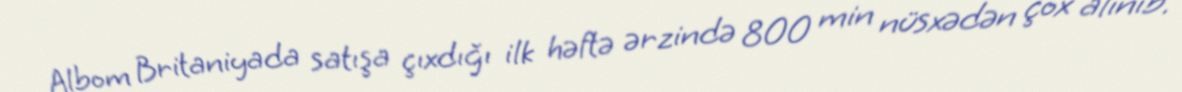
Albom Britaniyada satışa çıxdığı ilk həftə ərzində 800 min nüsxədən çox alınıb.